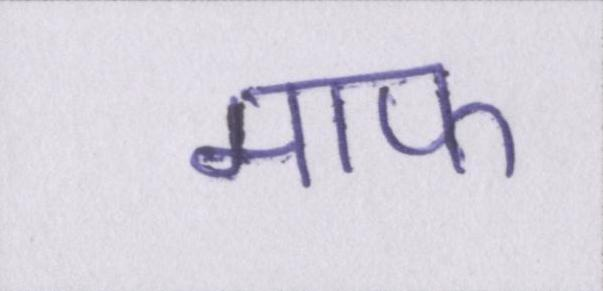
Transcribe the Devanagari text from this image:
माफ